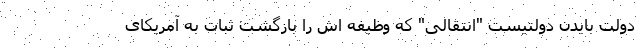
دولت بایدن دولتیست "انتقالی" که وظیفه اش را بازگشت ثبات به آمریکای